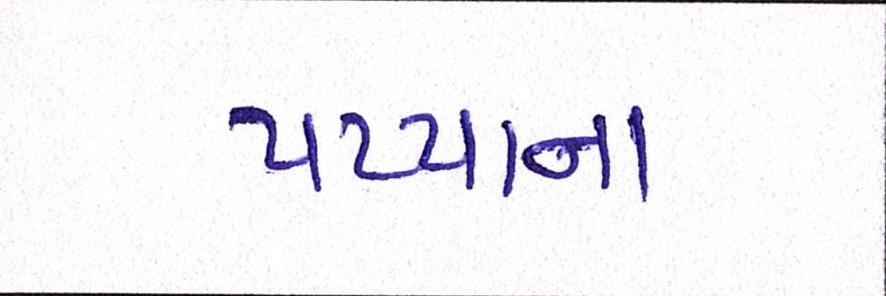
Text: પપ્પાના